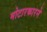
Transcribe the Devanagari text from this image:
मोटारकारने